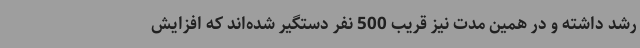
رشد داشته و در همین مدت نیز قریب 500 نفر دستگیر شده‌اند که افزایش